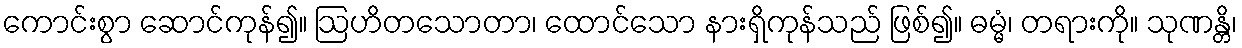
ကောင်းစွာ ဆောင်ကုန်၍။ ဩဟိတသောတာ၊ ထောင်သော နားရှိကုန်သည် ဖြစ်၍။ ဓမ္မံ၊ တရားကို။ သုဏန္တိ၊